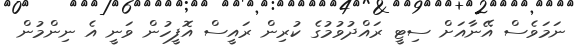
ނަމަވެސް އޭނާއަށް ސިޓީ ރައްދުވުމުގެ ކުރިން ރައީސް އޮފީހުން ވަނީ އެ ނިންމުން